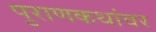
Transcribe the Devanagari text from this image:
पुराणकथांवर